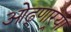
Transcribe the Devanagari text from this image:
ओढ्णार्‍या